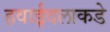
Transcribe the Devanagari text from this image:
हवाईदलाकडे